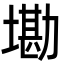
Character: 墈